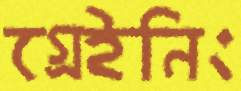
গ্রেইনিং